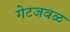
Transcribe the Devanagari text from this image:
गेटजवळ